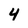
Character: 4